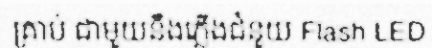
គ្រាប់ ជាមួយនឹងភ្លើងជំនួយ Flash LED